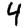
Digit: 4